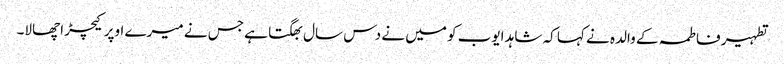
تطہیر فاطمہ کے والدہ نے کہا کہ شاہد ایوب کو میں نے دس سال بھگتا ہے جس نے میرے اوپر کیچڑ اچھالا۔